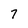
Character: 7